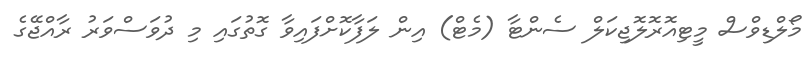
މޯލްޑިވްސް މީޓިއޮރޮލޮޖިކަލް ސެންޓާ (މެޓް) އިން ލަފާކޮށްފައިވާ ގޮތުގައި މި ދުވަސްވަރު ރާއްޖޭގެ